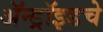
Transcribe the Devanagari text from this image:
ॲन्ड्रॉइडचे